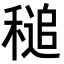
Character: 𥡈